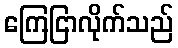
ကြေငြာလိုက်သည်